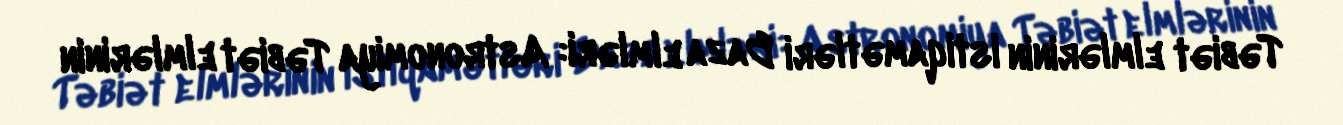
Təbiət elmlərinin istiqamətləri Baza elmləri: Astronomiya Təbiət elmlərinin